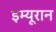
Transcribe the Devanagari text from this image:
इम्यूरान